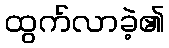
ထွက်လာခဲ့၏